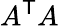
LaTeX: A^{\textsf{T}}A